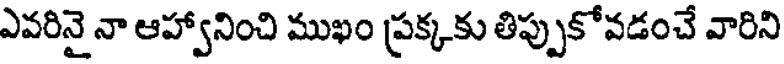
ఎవరినై నా ఆహ్వానించి ముఖం ప్రక్కకు తిప్పుకోవడంచే వారిని